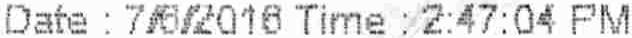
DATE : 7/6/2016 TIME : 2:47:04 PM